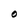
Character: O